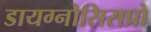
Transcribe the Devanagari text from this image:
डायग्नोसिसप्रो